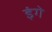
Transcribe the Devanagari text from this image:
इंगे